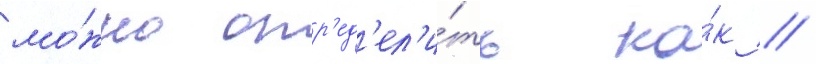
мо́жно опр'ед'ел'и́ть ка́к //